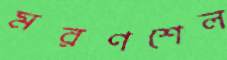
মরণশেল